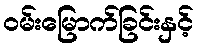
ဝမ်းမြောက်ခြင်းနှင့်